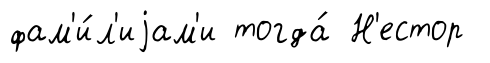
фам'и́л'иjам'и тогда́ Н'естор